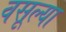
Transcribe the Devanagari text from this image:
वसूल्या